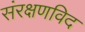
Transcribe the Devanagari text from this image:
संरक्षणविद